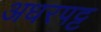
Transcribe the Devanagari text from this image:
अधरपट्ट